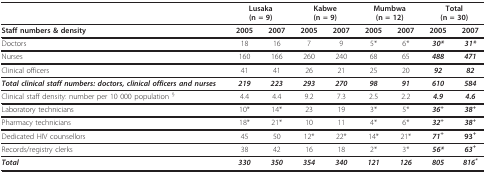
<table><thead><tr><td></td><td colspan="2"><b>Lusaka(n = 9)</b></td><td colspan="2"><b>Kabwe(n = 9)</b></td><td colspan="2"><b>Mumbwa(n = 12)</b></td><td colspan="2"><b>Total(n = 30)</b></td></tr></thead><tbody><tr><td><b>Staff numbers &amp; density</b></td><td><b>2005</b></td><td><b>2007</b></td><td><b>2005</b></td><td><b>2007</b></td><td><b>2005</b></td><td><b>2007</b></td><td><b>2005</b></td><td><b>2007</b></td></tr><tr><td>Doctors</td><td>18</td><td>16</td><td>7</td><td>9</td><td>5*</td><td>6*</td><td><b><i>30*</i></b></td><td><b><i>31*</i></b></td></tr><tr><td>Nurses</td><td>160</td><td>166</td><td>260</td><td>240</td><td>68</td><td>65</td><td><b><i>488</i></b></td><td><b><i>471</i></b></td></tr><tr><td>Clinical officers</td><td>41</td><td>41</td><td>26</td><td>21</td><td>25</td><td>20</td><td><b><i>92</i></b></td><td><b><i>82</i></b></td></tr><tr><td><b><i>Total clinical staff numbers: doctors, clinical officers and nurses</i></b></td><td><b><i>219</i></b></td><td><b><i>223</i></b></td><td><b><i>293</i></b></td><td><b><i>270</i></b></td><td><b><i>98</i></b></td><td><b><i>91</i></b></td><td><b><i>610</i></b></td><td><b><i>584</i></b></td></tr><tr><td>Clinical staff density: number per 10 000 population <sup>§</sup></td><td>4.4</td><td>4.4</td><td>9.2</td><td>7.3</td><td>2.5</td><td>2.2</td><td><b><i>4.9</i></b></td><td><b><i>4.6</i></b></td></tr><tr><td>Laboratory technicians</td><td>10*</td><td>14*</td><td>23</td><td>19</td><td>3*</td><td>5*</td><td><b><i>36</i></b><sup><b><i>+</i></b></sup></td><td><b><i>38</i></b><sup><b><i>+</i></b></sup></td></tr><tr><td>Pharmacy technicians</td><td>18*</td><td>21*</td><td>10</td><td>11</td><td>4*</td><td>6*</td><td><b><i>32</i></b><sup><b><i>+</i></b></sup></td><td><b><i>38</i></b><sup><b><i>+</i></b></sup></td></tr><tr><td>Dedicated HIV counsellors</td><td>45</td><td>50</td><td>12*</td><td>22*</td><td>14*</td><td>21*</td><td><b><i>71</i></b><sup><b><i>+</i></b></sup></td><td><b>93</b><sup><b>+</b></sup></td></tr><tr><td>Records/registry clerks</td><td>38</td><td>42</td><td>16</td><td>18</td><td>2*</td><td>3*</td><td><b><i>56*</i></b></td><td><b><i>63</i></b><sup><b><i>+</i></b></sup></td></tr><tr><td><b><i>Total</i></b></td><td><b><i>330</i></b></td><td><b><i>350</i></b></td><td><b><i>354</i></b></td><td><b><i>340</i></b></td><td><b><i>121</i></b></td><td><b><i>126</i></b></td><td><b><i>805</i></b></td><td><b><i>816</i></b><sup><b><i>*</i></b></sup></td></tr></tbody></table>